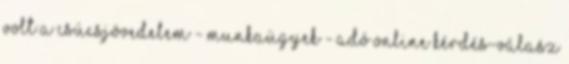
volt a csúcsjövedelem - Munkaügyek - Adó Online Kérdés-válasz